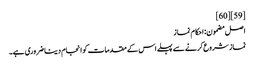
[59] [60]
اصل مضمون: احکام نماز
نماز شروع کرنے سے پہلے اس کے مقدمات کو انجام دینا ضروری ہے۔